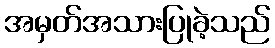
အမှတ်အသားပြုခဲ့သည်